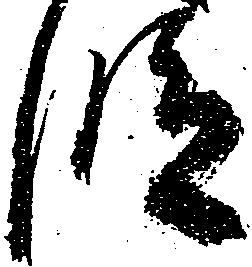
段